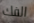
الفك